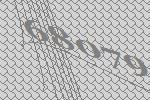
68079